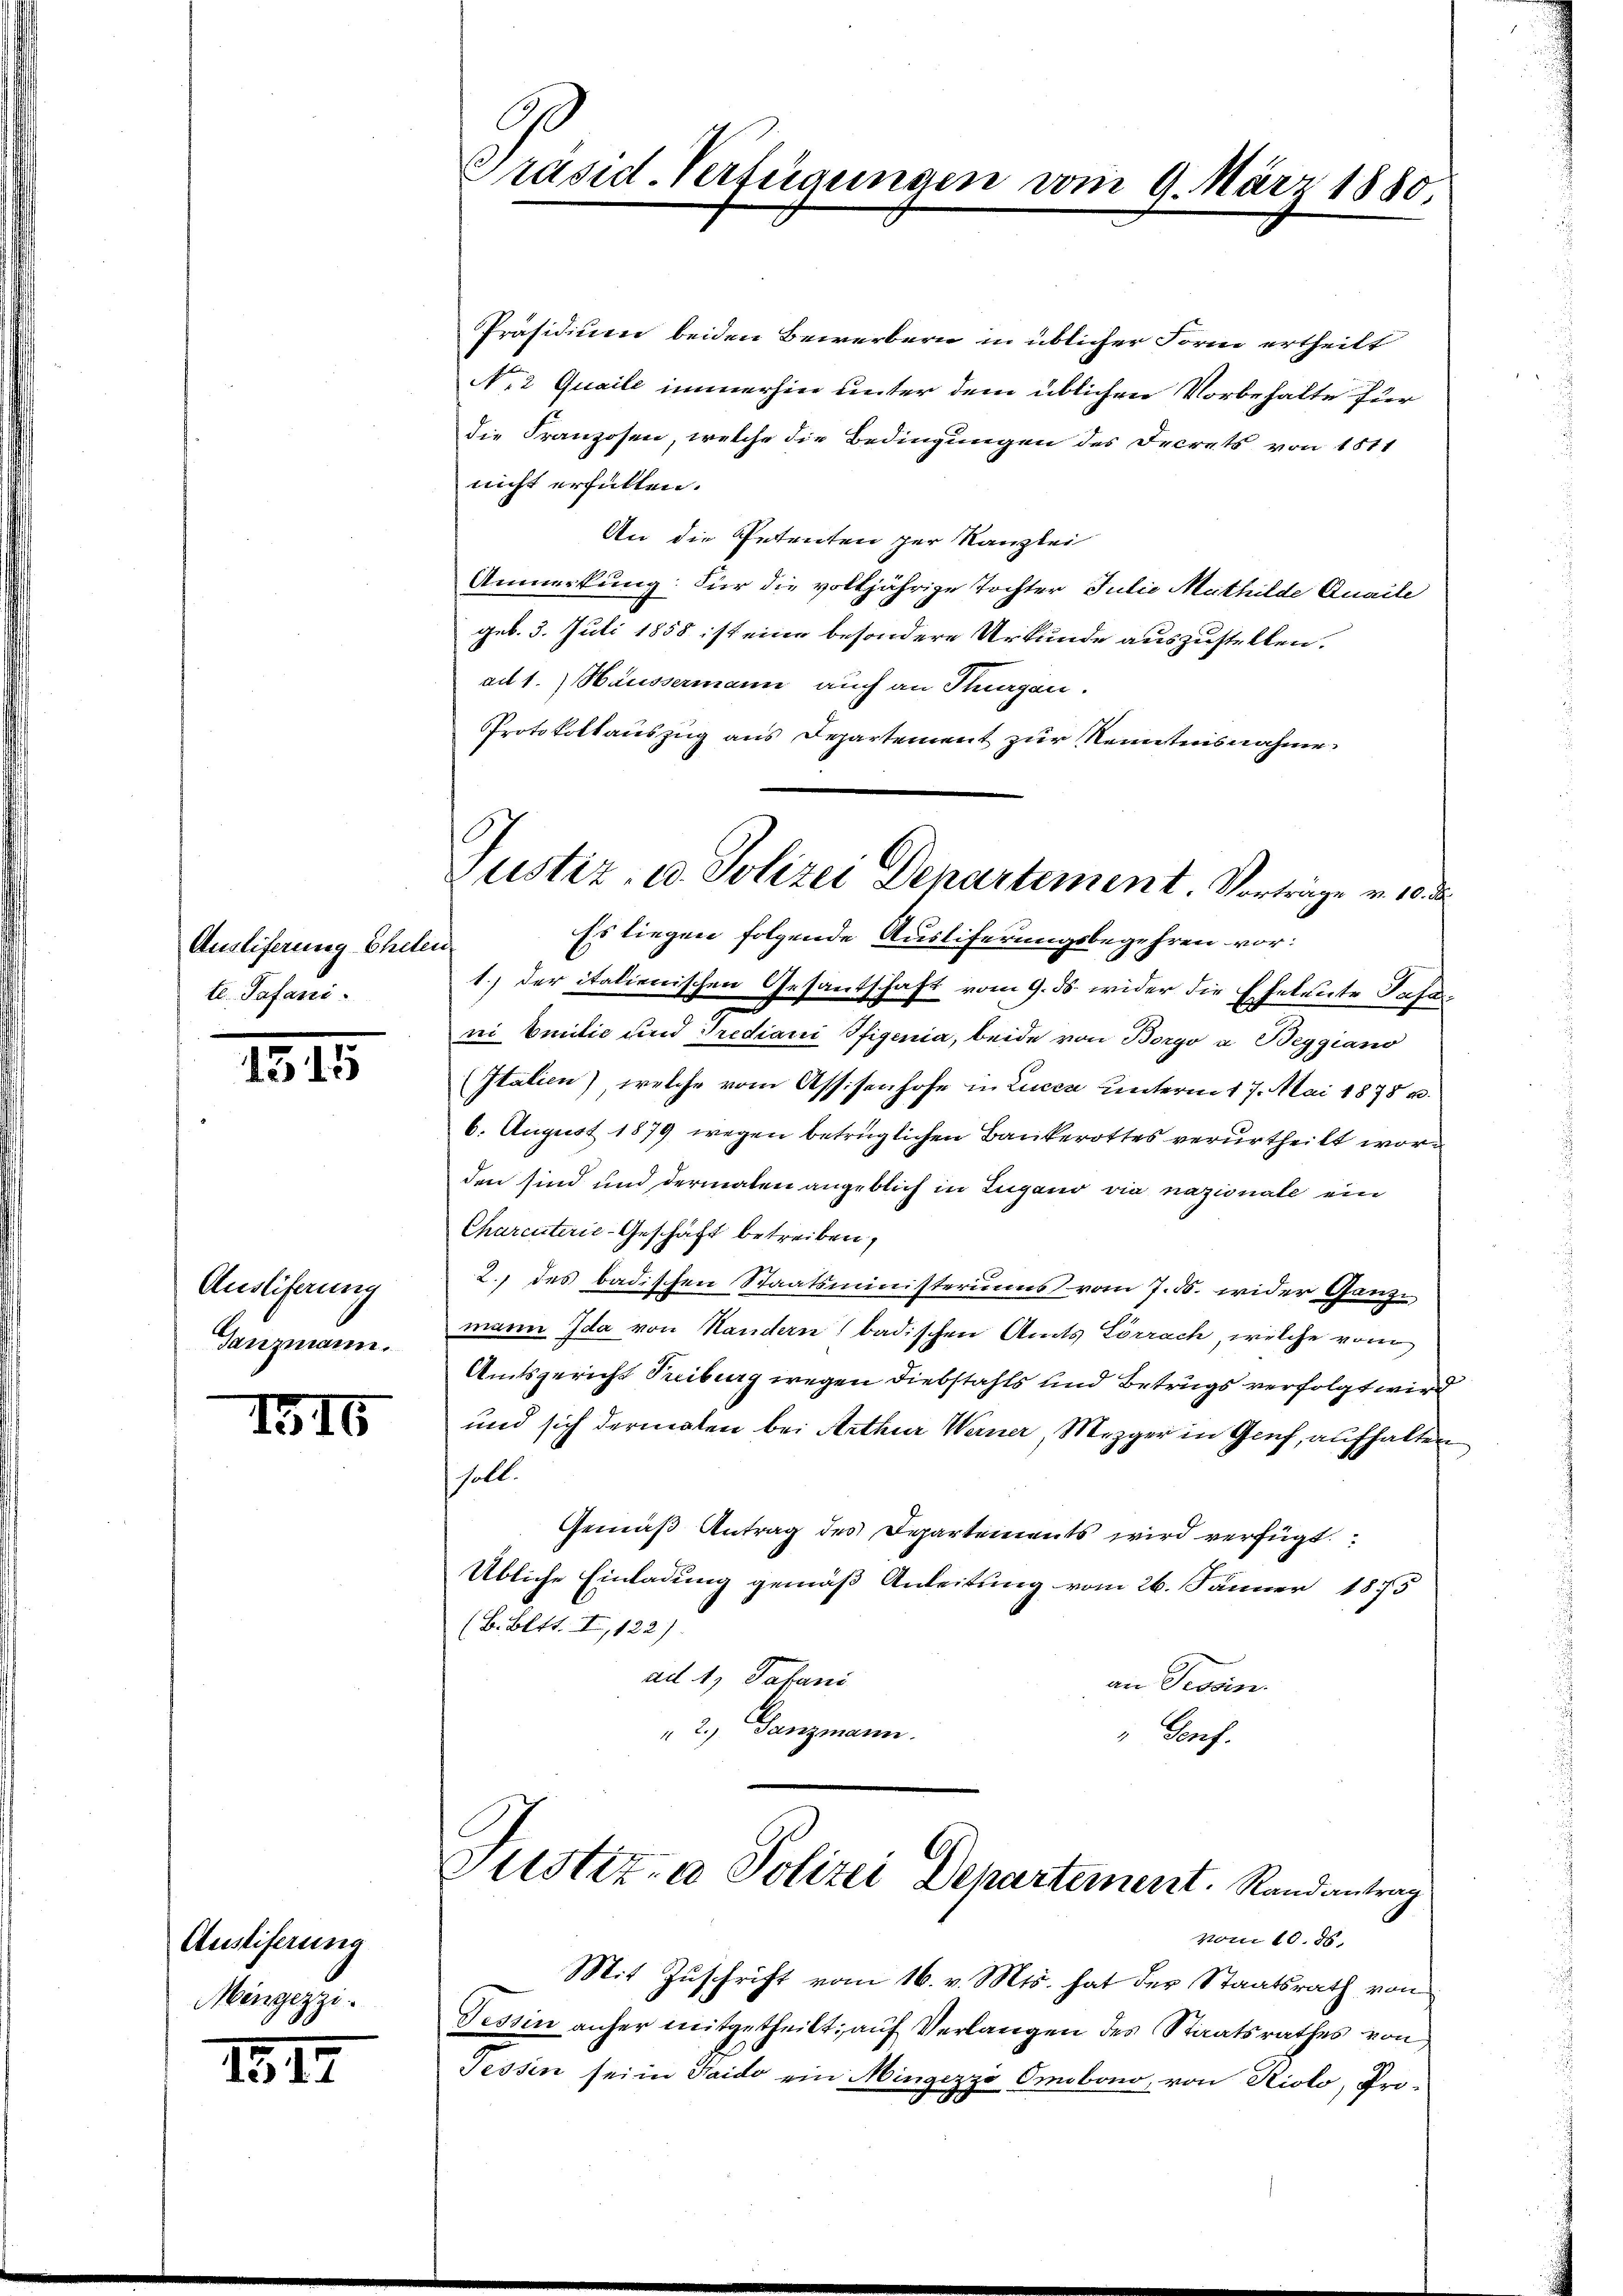
Auslieferung Eheler
te. Pafani.

1315

Auslieferung
Tanzmann.

Austiferung
Mingezzi.

1817

1316

Präsid. Verfügungen vom 9. März 1880

Präsidium beiden Bewerbern in üblicher Form ertheilt
N.2 Quaile immerhin unter dem üblichen Vorbehalte für
die Franzosen, welche die Bedingungen des Decrets von 1811
nicht erfüllen.
An die Petenten zur Kanzlei
Anmerkung. Für die volljährige Tochter Julie Mathilde Quaile
geb. 3. Juli 1858 ist eine besondere Urkunde auszustellen.
ad 1. Häussermann auch an Tiergan.
Protokollauszug aus Departement zur Kenntnisnahme

Justiz- u. Polizei Departement Vortrage v. 10. d
Es liegen folgende Ausliferungsbegehren vor:

1.) der italienischen Gesantschaft vom 9. ds. wider die Eheleute Pass
ni Emilić und Trediani Ifigenia, beide von Borgo a. Beggiano
Italien) welche vom Assisenhofe in Lucca unterm 17. Mai 1878 u.
6. August 1879 wegen betrüglichen Bankerottes verurtheilt worden sind und dermalen angeblich in Lugano die nazionate ein
Charcuterie-Geschäft betreiben,
2. des badischen Staatsministeriums vom 7. d. wider Ganze
mann Ida von Handern badischen Amts Lörrach, welche vom
Amtsgericht Freiburg wegen Diebstahls und Betrugs verfolgt wird
und sich dermalen bei Arthur Warner, Mezger in Genf, aufhalten
soll.
Gemäß Antrag des Departements wird verfügt:
Übliche Einladung gemäß Anleitung vom 26. Jänner 1875
(B. Bett. I, 122).
ad 1. Jahani
an Tessin.
2.) Tanzmann.
" Genf.

Justiz- & Polizei Departement. Randantrag

Mit Zuschrift vom 16. v. Mts. hat der Staatsrath von
Tessin anher mitgetheilt; auf Verlangen des Staatsrathes von
Tessin sei in Haido ein Mingezzi Omobono, von Riolo, Pro¬

vom 10. d.